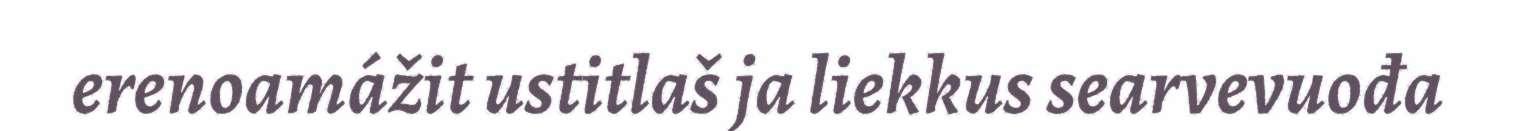
erenoamážit ustitlaš ja liekkus searvevuođa